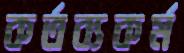
কর্তব্যকর্ম